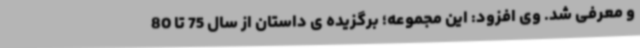
و معرفی شد. وی افزود: این مجموعه؛ برگزیده ی داستان از سال 75 تا 80